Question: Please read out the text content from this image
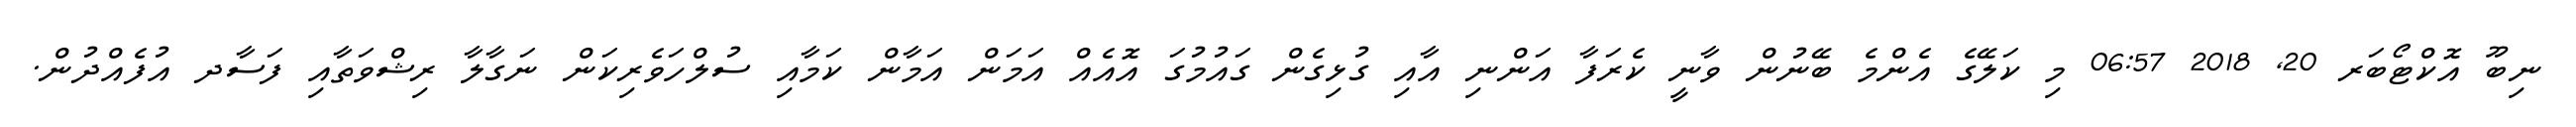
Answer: ނިބޫ އޮކްޓޯބަރ 20, 2018 06:57 މި ކަލޭގެ އެންމެ ބޭނުން ވާނީ ކެރަފާ އަންނި އާއި ގުޅިގެން ގައުމުގަ އޮއެއް އަމަން އަމާން ކަމާއި ސުލްހަވެރިކަން ނަގާލާ ރިޝްވަތާއި ފަސާދ އުފެއްދުން.